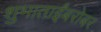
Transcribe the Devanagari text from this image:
शुभाताईंबरोबर